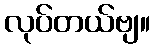
လုပ်တယ်ဗျ။